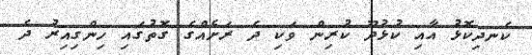
ކެނދިކޮޅު އާއި ކުޅުދޫ ކުރިން ވަކި ދެ ރަށެއްގެ ގޮތުގައި ހިންގިއިރު ދެ